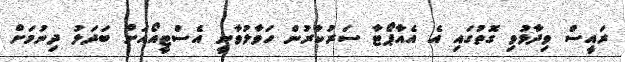
ރައީސް ވިދާޅުވި ގޮތުގައި އެ އެއާޕޯޓާ ސަރުކާރުން ހަވާލުވާނީ އެސްޓީއޯއަށް ބަދަލު ދިނުމަށް